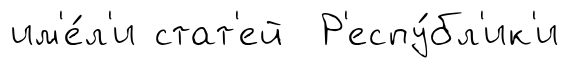
им'е́л'и стат'ей Р'еспу́бл'ик'и